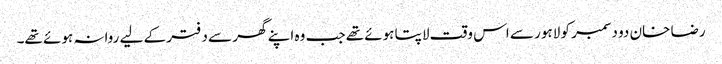
رضا خان دو دسمبر کو لاہور سے اس وقت لاپتا ہوئے تھے جب وہ اپنے گھر سے دفتر کے لیے روانہ ہوئے تھے۔